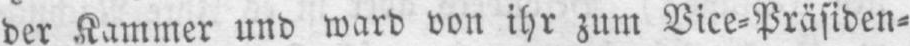
der Kammer und ward von ihr zum Vice⸗Präsiden⸗